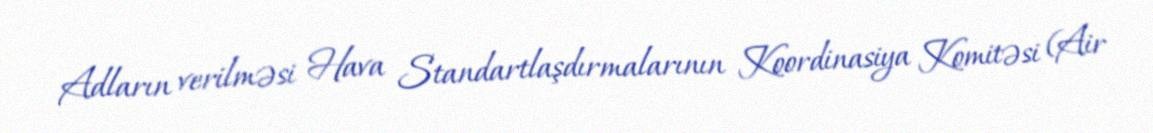
Adların verilməsi Hava Standartlaşdırmalarının Koordinasiya Komitəsi (Air